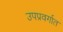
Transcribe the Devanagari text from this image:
उपप्रवर्गात